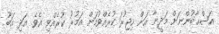
އަޞްޙާބުންނަށް މަދީނާ އަށް ހިޖުރަ ކުރެއްވުމަށް އަމުރު ކުރެއްވި އެވެ. އަދި އަބޫ